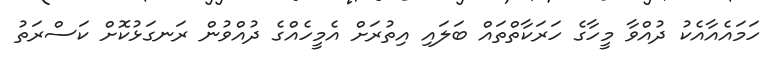
ހަމައެއާއެކު ދުއްވާ މީހާގެ ހަރަކާތްތައް ބަލައި އިތުރަށް އެމީހެއްގެ ދުއްވުން ރަނގަޅުކޮށް ކަސްރަތު